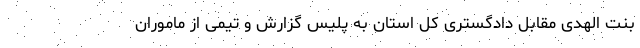
بنت الهدی مقابل دادگستری کل استان به پلیس گزارش و تیمی از ماموران